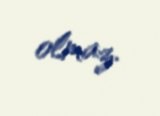
olmaz.